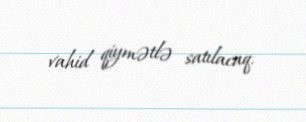
vahid qiymətlə satılacaq.